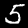
Digit: 5